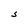
Character: S